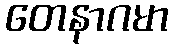
တေနာဂမာ